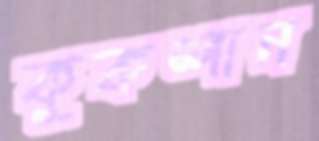
কুকশান